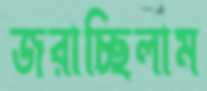
জরাচ্ছিলাম